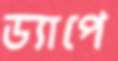
ড্যাপে